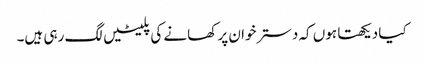
کیا دیکھتا ہوں کہ دسترخوان پر کھانے کی پلیٹیں لگ رہی ہیں۔